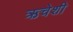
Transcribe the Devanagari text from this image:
ऋचेशी